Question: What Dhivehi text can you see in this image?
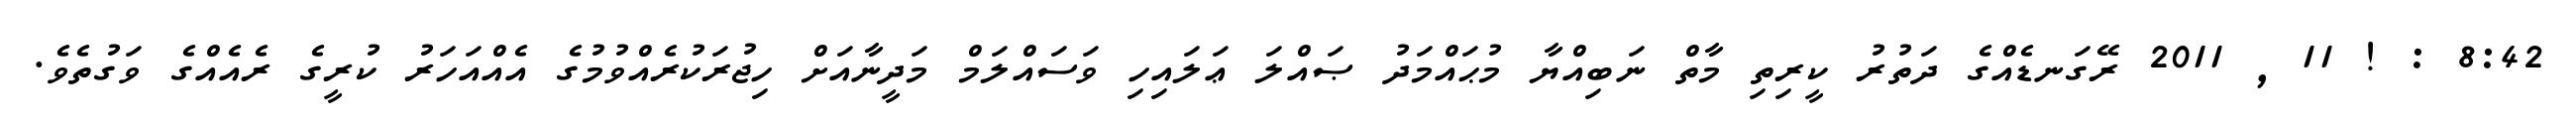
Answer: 8:42 : ! 11 , 2011 ރޭގަނޑެއްގެ ދަތުރު ކީރިތި މާތް ނަބިއްޔާ މުޙައްމަދު ޞައްލަ ޢަލައިހި ވަސައްލަމް މަދީނާއަށް ހިޖުރަކުރެއްވުމުގެ އެއްއަހަރު ކުރީގެ ރެއެއްގެ ވަގުތެވެ.